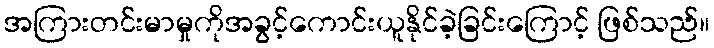
အကြားတင်းမာမှုကိုအခွင့်ကောင်းယူနိုင်ခဲ့ခြင်းကြောင့် ဖြစ်သည်။